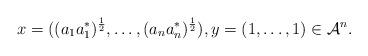
LaTeX: \begin{align*} x=((a_1a_1^*)^\frac{1}{2}, \dots, (a_na_n^*)^\frac{1}{2}), y=(1, \dots, 1)\in \mathcal{A}^n. \end{align*}